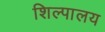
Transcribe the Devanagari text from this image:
शिल्पालय